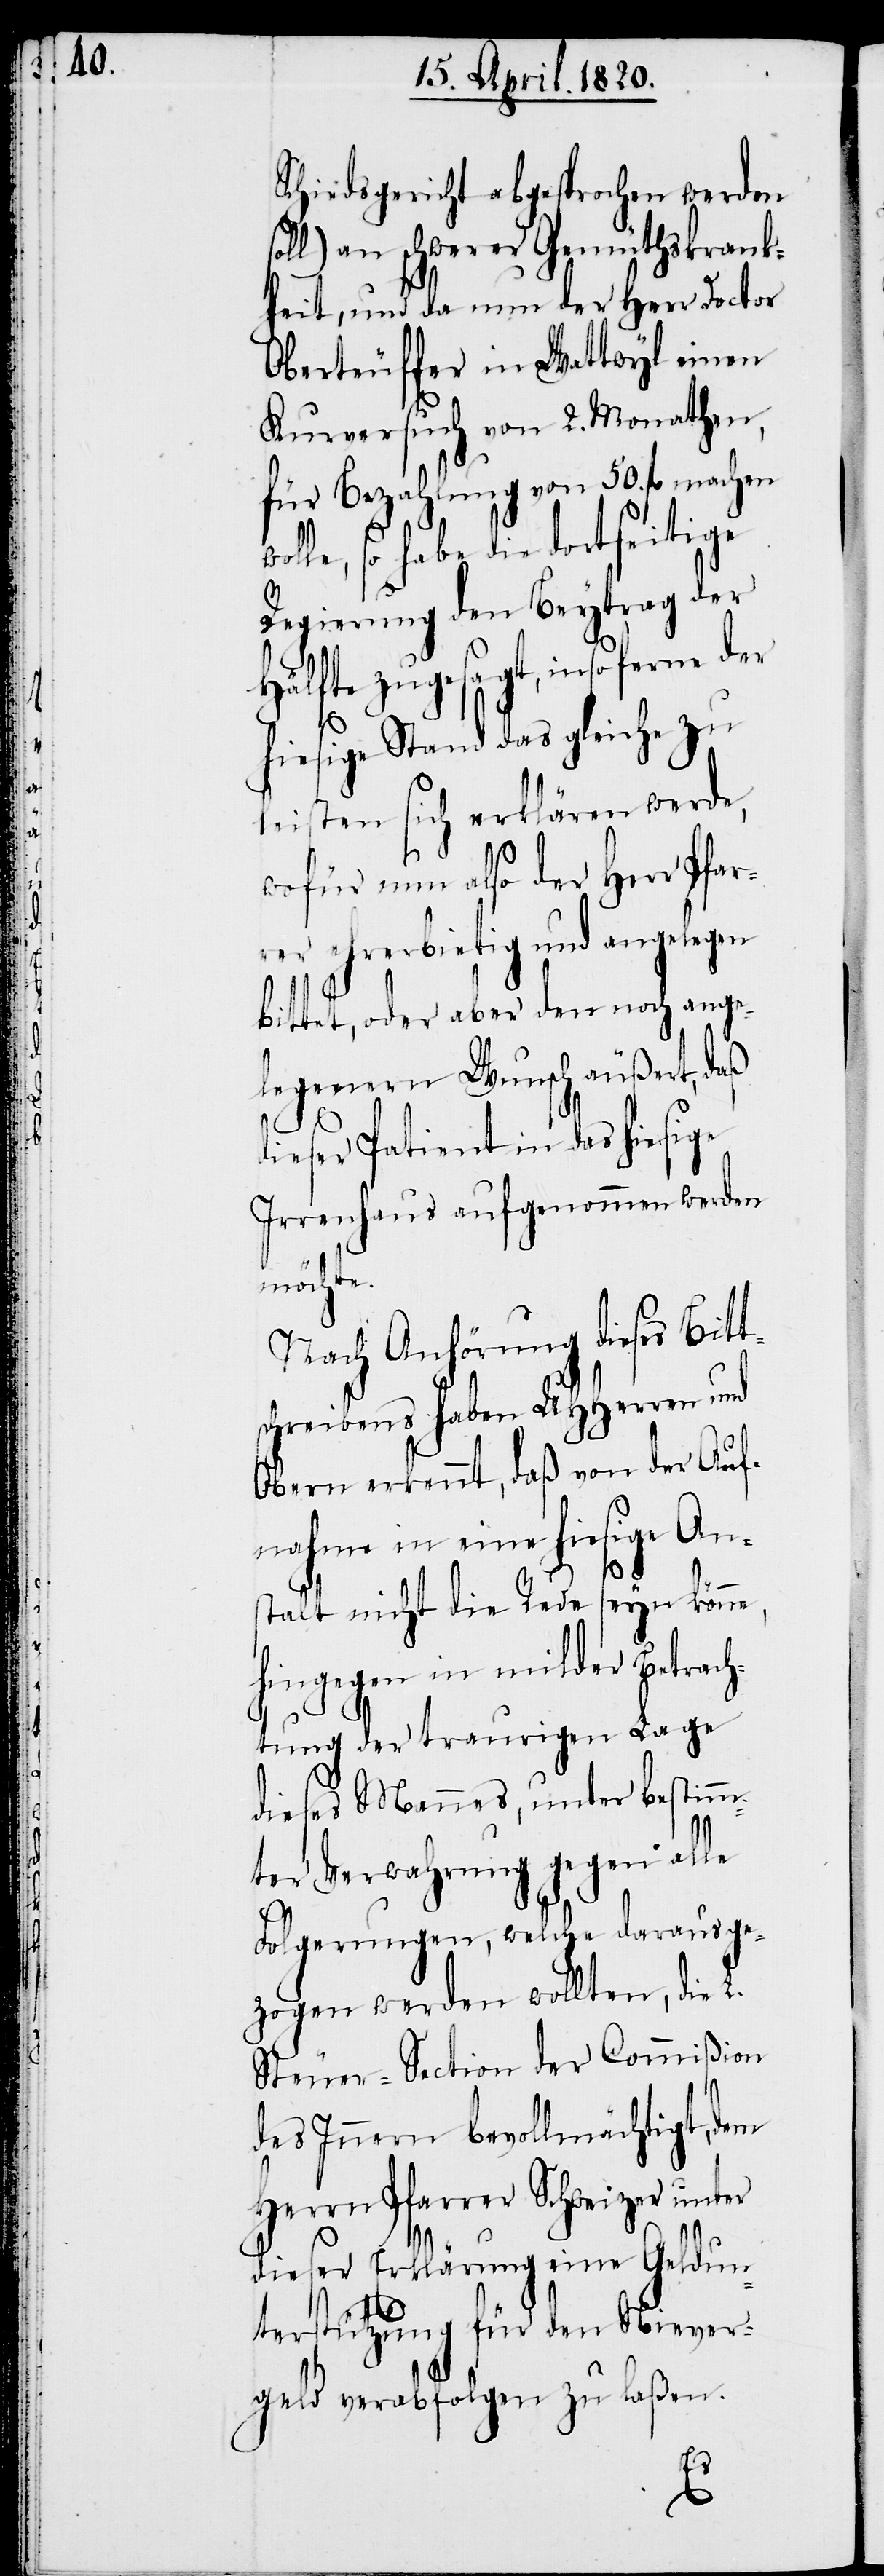
Schiedsgericht abgesprochen werden
ll) an schwerer Gemüthskrank¬
heit, und da nun der Herr Doctor
Obesteuffer in Wattwyl einen
Kurversuch von 2. Monathen,
für Bezahlung von 50. fl. machen
olle, so habe die dortseitige
Regierung den Beytrag der
Hälfte zugesagt, insoferne der
hiesige Stand das gleiche zu
leisten sich erklären werde,
wofür nun also der Herr Pfar¬
rer ehrerbietig und angelegen
bittet, oder aber den nach ange¬
legenen Wunsch äußert, daß
dieser Patient in das hiesige
Irrenhaus aufgenommen werden
möchte.
Nach Anhörung dieses Bitt¬
schreibens haben UHHerren und
Obern erkennt, daß von der Auf¬
nahme in eine hiesige An¬
stalt nicht die Rede seyn könne,
hingegen in milder Betrach¬
tung der traurigen Lage
dieses Mannes, unter bestimm¬
ter Verwahrung gegen alle
Folgerungen, welche daraus ge¬
zogen werden wollten, die L.
Steuer-Section der Commißion
des Innern bevollmächtigt, dem
Herrn Pfarrer Schweizer unter
dieser Erklärung eine Geldun¬
terstützung für den Niever¬
geld verabfolgen zu laßen.
w¬